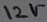
Text: 12V